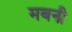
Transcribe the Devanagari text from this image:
मबनी